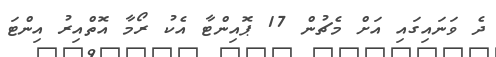
ދެ ވަނައިގައި އަށް މެޗުން 17 ޕޮއިންޓާ އެކު ރޯމާ އޮތްއިރު އިންޓަ